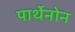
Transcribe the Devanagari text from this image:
पार्थेनोन